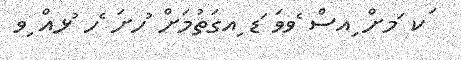
ަކ ަމށް ިއސް ެވވަ ަޑ ިއގަތުމަށް ުހށަ ެހ ުޅއް ިވ